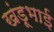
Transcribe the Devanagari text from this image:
खंडूभाई